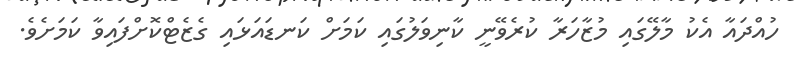
ހުއްދައާ އެކު މާލޭގައި މުޒާހަރާ ކުރެވޭނީ ކާނިވަލުގައި ކަމަށް ކަނޑައަޅައި ގެޒެޓްކޮށްފައިވާ ކަމަށެވެ.